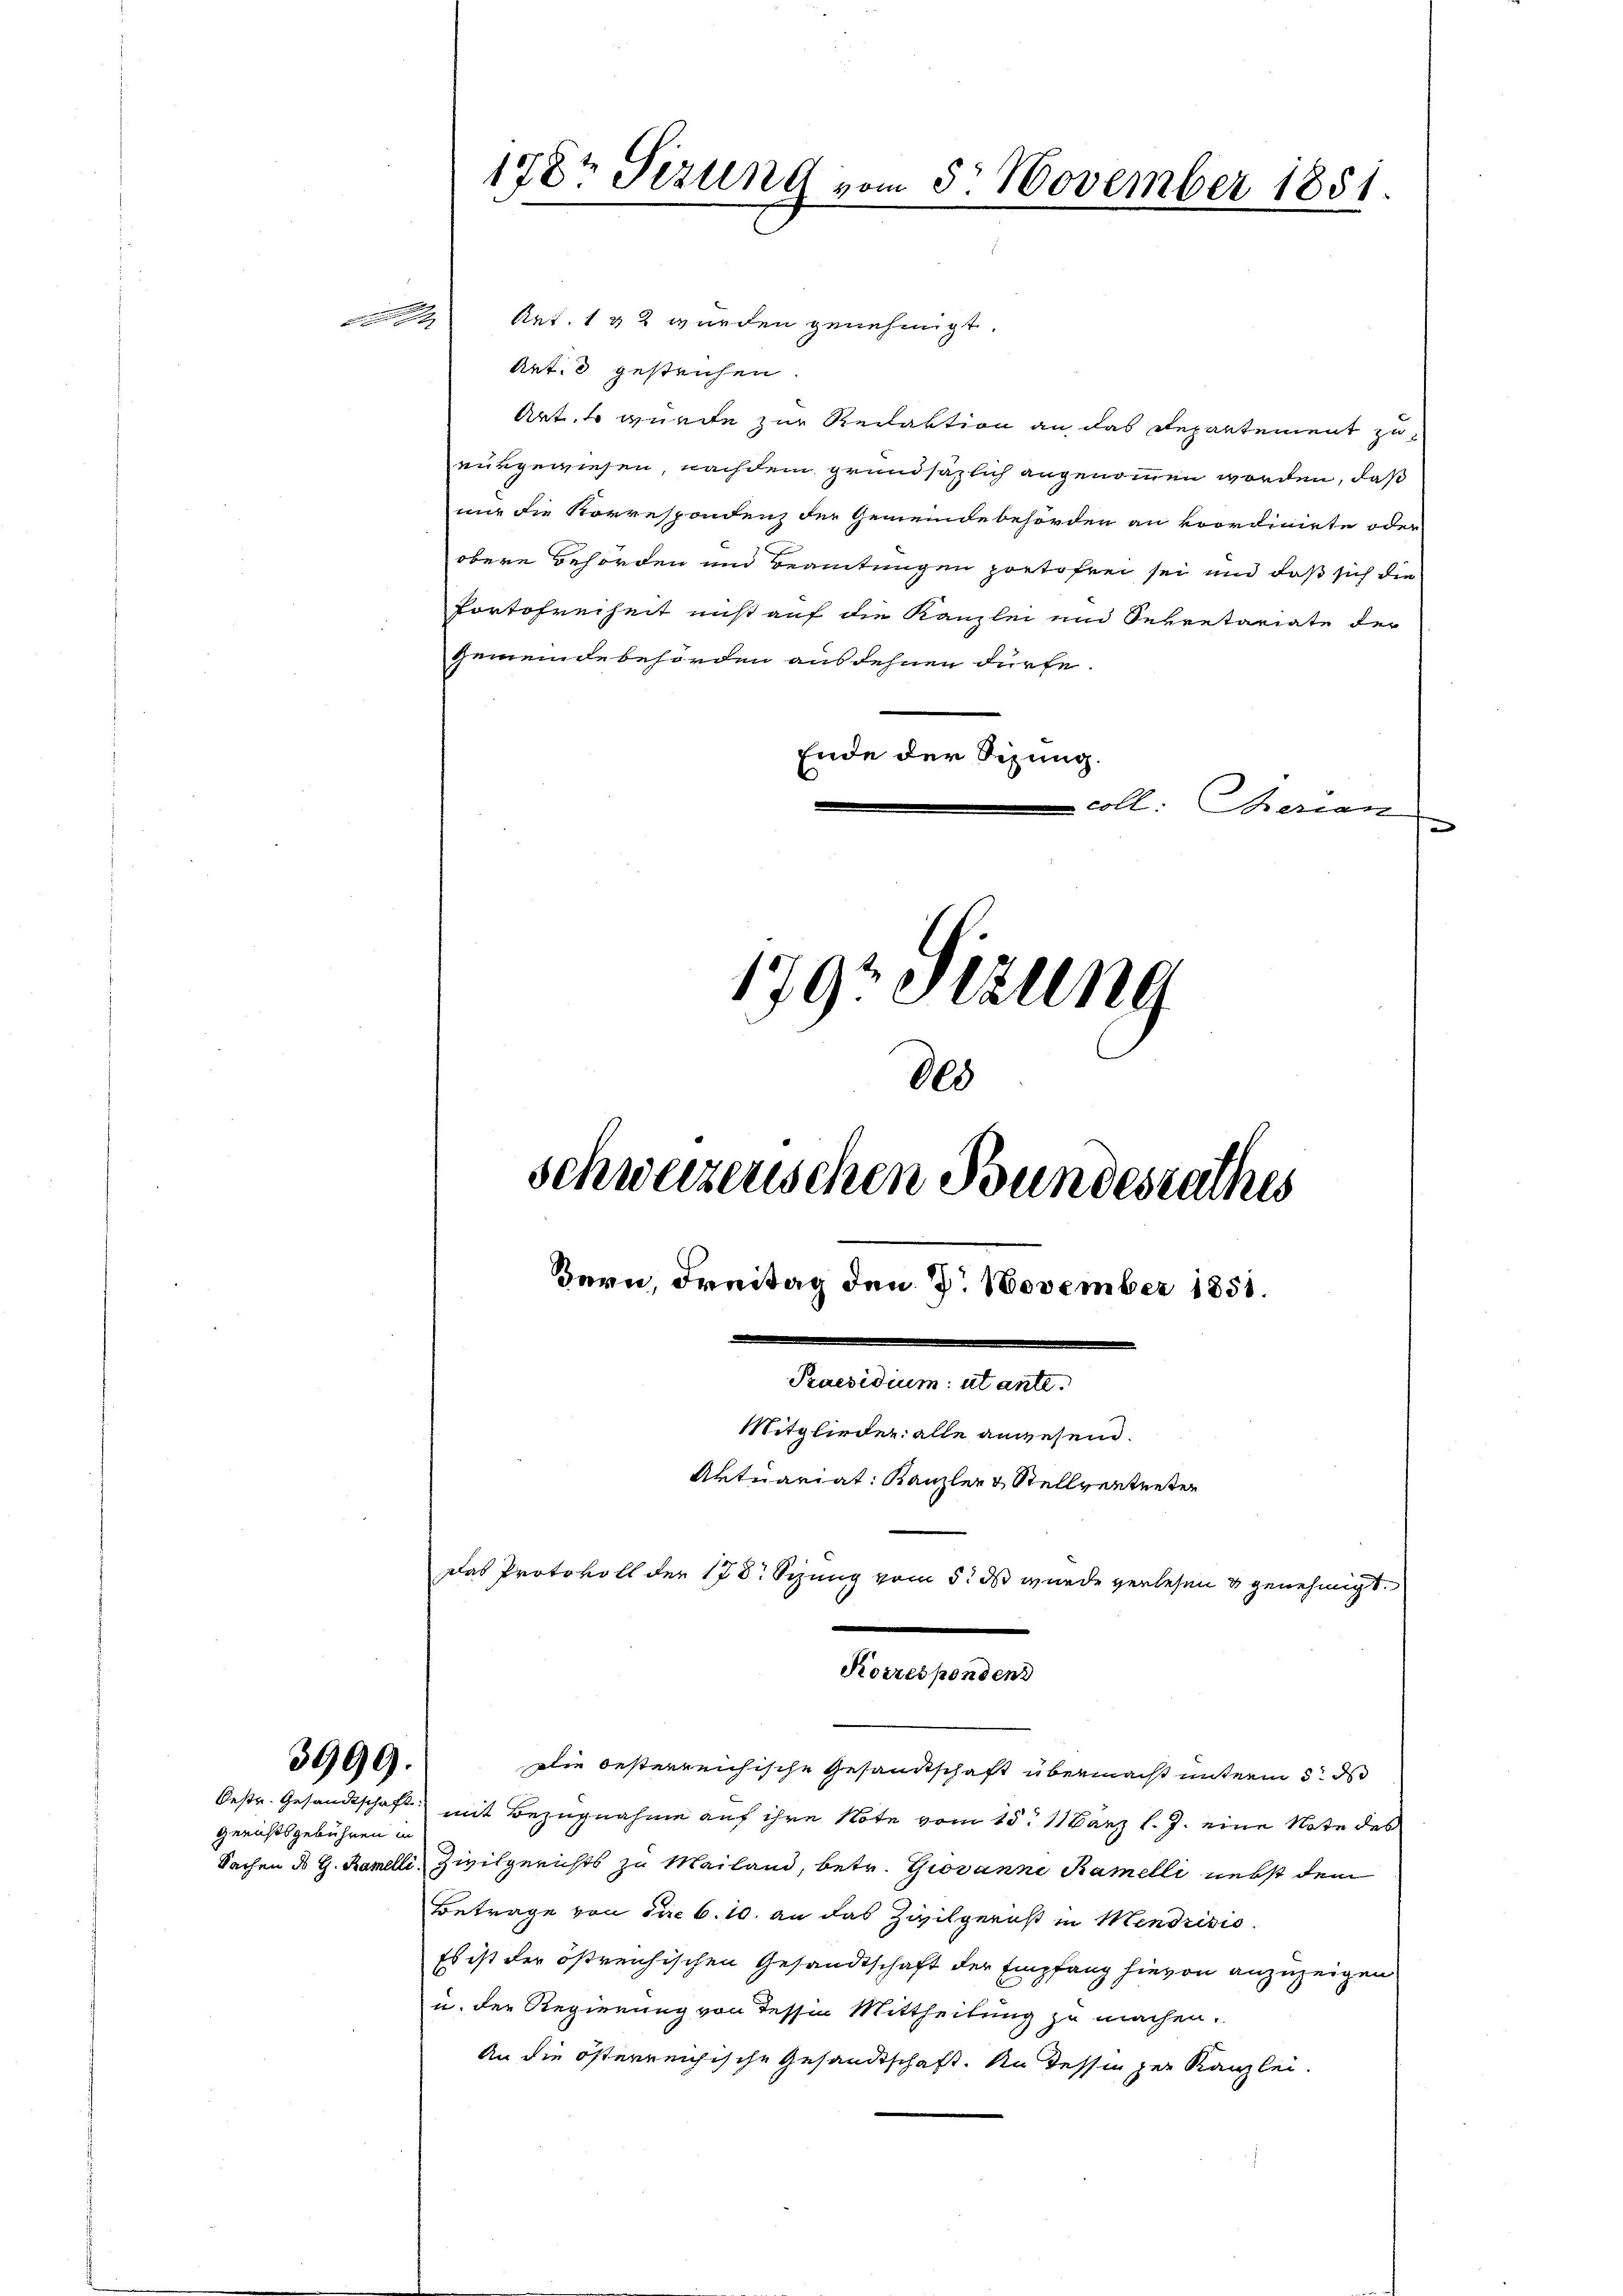
Art. 1 & 2 wurden genehmigt.
Art. 8 gestrichen
Art, so wurde zur Redaktion an das Repartement zurükgewiesen, nachdem grundsätzlich angenommen worden, daß
nur die Korrespondenz der Gemeindebehörden an koordinirte oder
obere Behörden und Beamtungen portofrei sei und daß sich die
Portofreiheit ist auf die Kanzlei und Sekretariate der
Gemeindebehörden ausdehnen dürfe.
Ende der Sezung.
coll: heran
n
1797 Sizung

Die besterreichische Gesandtschaft übermacht unterm 5. ds
Oestr. Gesandtschaft mit Bezugnahme auf ihre Note vom 25. März l. J. eine Note des
Sachen ds G. Ramelli, Zivilgerichts zu Mailand, betr. Giovanne Ramelli nebst dem
Betrage von die 6. 10. an das Zivilgerist in Mendrisis
Es ist der östreichischen Gesandtschaft der Empfang hievon anzuzeigen
u. der Regierung von Tessin Mittheilung zu machen.
An die österreichische Gesandtschaft. An dessen zur Kanzlei.

3999.

Gerichtsgebühren in

000
schweizenschen Bundesrathes
Bern, Dreitag den 7. November 1851.
Praesidium utante.
Mitglieder alle angesend.
Aktuariat: Kanzler & Stellvertreten
Das Protokoll der 178. Sizung vom 5. ds wurde verlesen u genehmigt.

178t Sizung vom 5. November 1851.

Korrespondenz